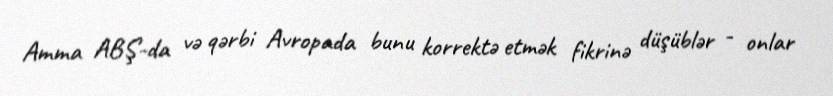
Amma ABŞ-da və qərbi Avropada bunu korrektə etmək fikrinə düşüblər - onlar